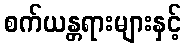
စက်ယန္တရားများနှင့်